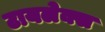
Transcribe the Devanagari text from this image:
टायलेक्स